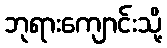
ဘုရားကျောင်းသို့